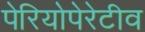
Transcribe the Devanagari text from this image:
पेरियोपेरेटीव